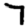
Digit: 7